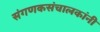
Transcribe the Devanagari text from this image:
संगणकसंचालकांनी